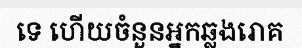
ទេ ហើយចំនួនអ្នកឆ្លងរោគ